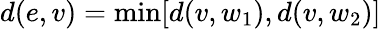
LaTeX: d(e,v)=\operatorname*{min}[d(v,w_{1}),d(v,w_{2})]